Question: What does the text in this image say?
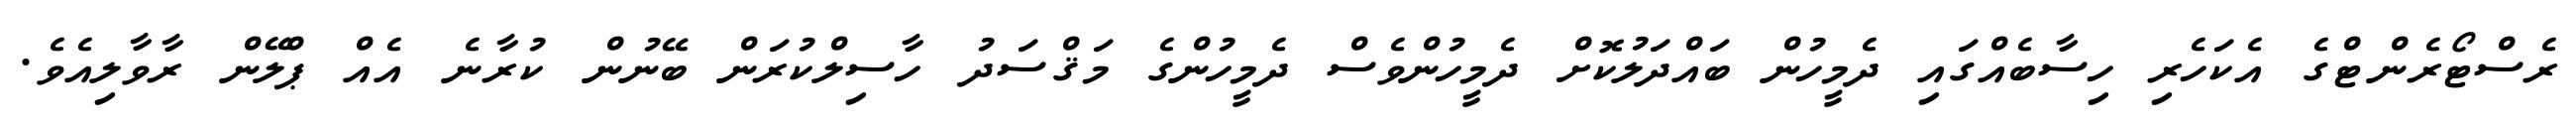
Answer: ރެސްޓޯރެންޓްގެ އެކަހެރި ހިސާބެއްގައި ދެމީހުން ބައްދަލުކޮށް ދެމީހުންވެސް ދެމީހުންގެ މަޤްސަދު ހާސިލްކުރަން ބޭނުން ކުރާނެ އެއް ޕްލޭން ރާވާލިއެވެ.